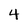
Character: 4